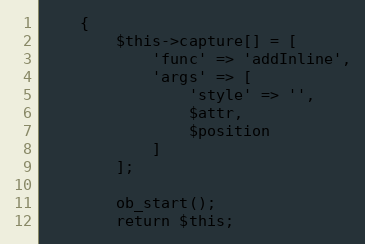
Language: PHP
    {
        $this->capture[] = [
            'func' => 'addInline',
            'args' => [
                'style' => '',
                $attr,
                $position
            ]
        ];

        ob_start();
        return $this;